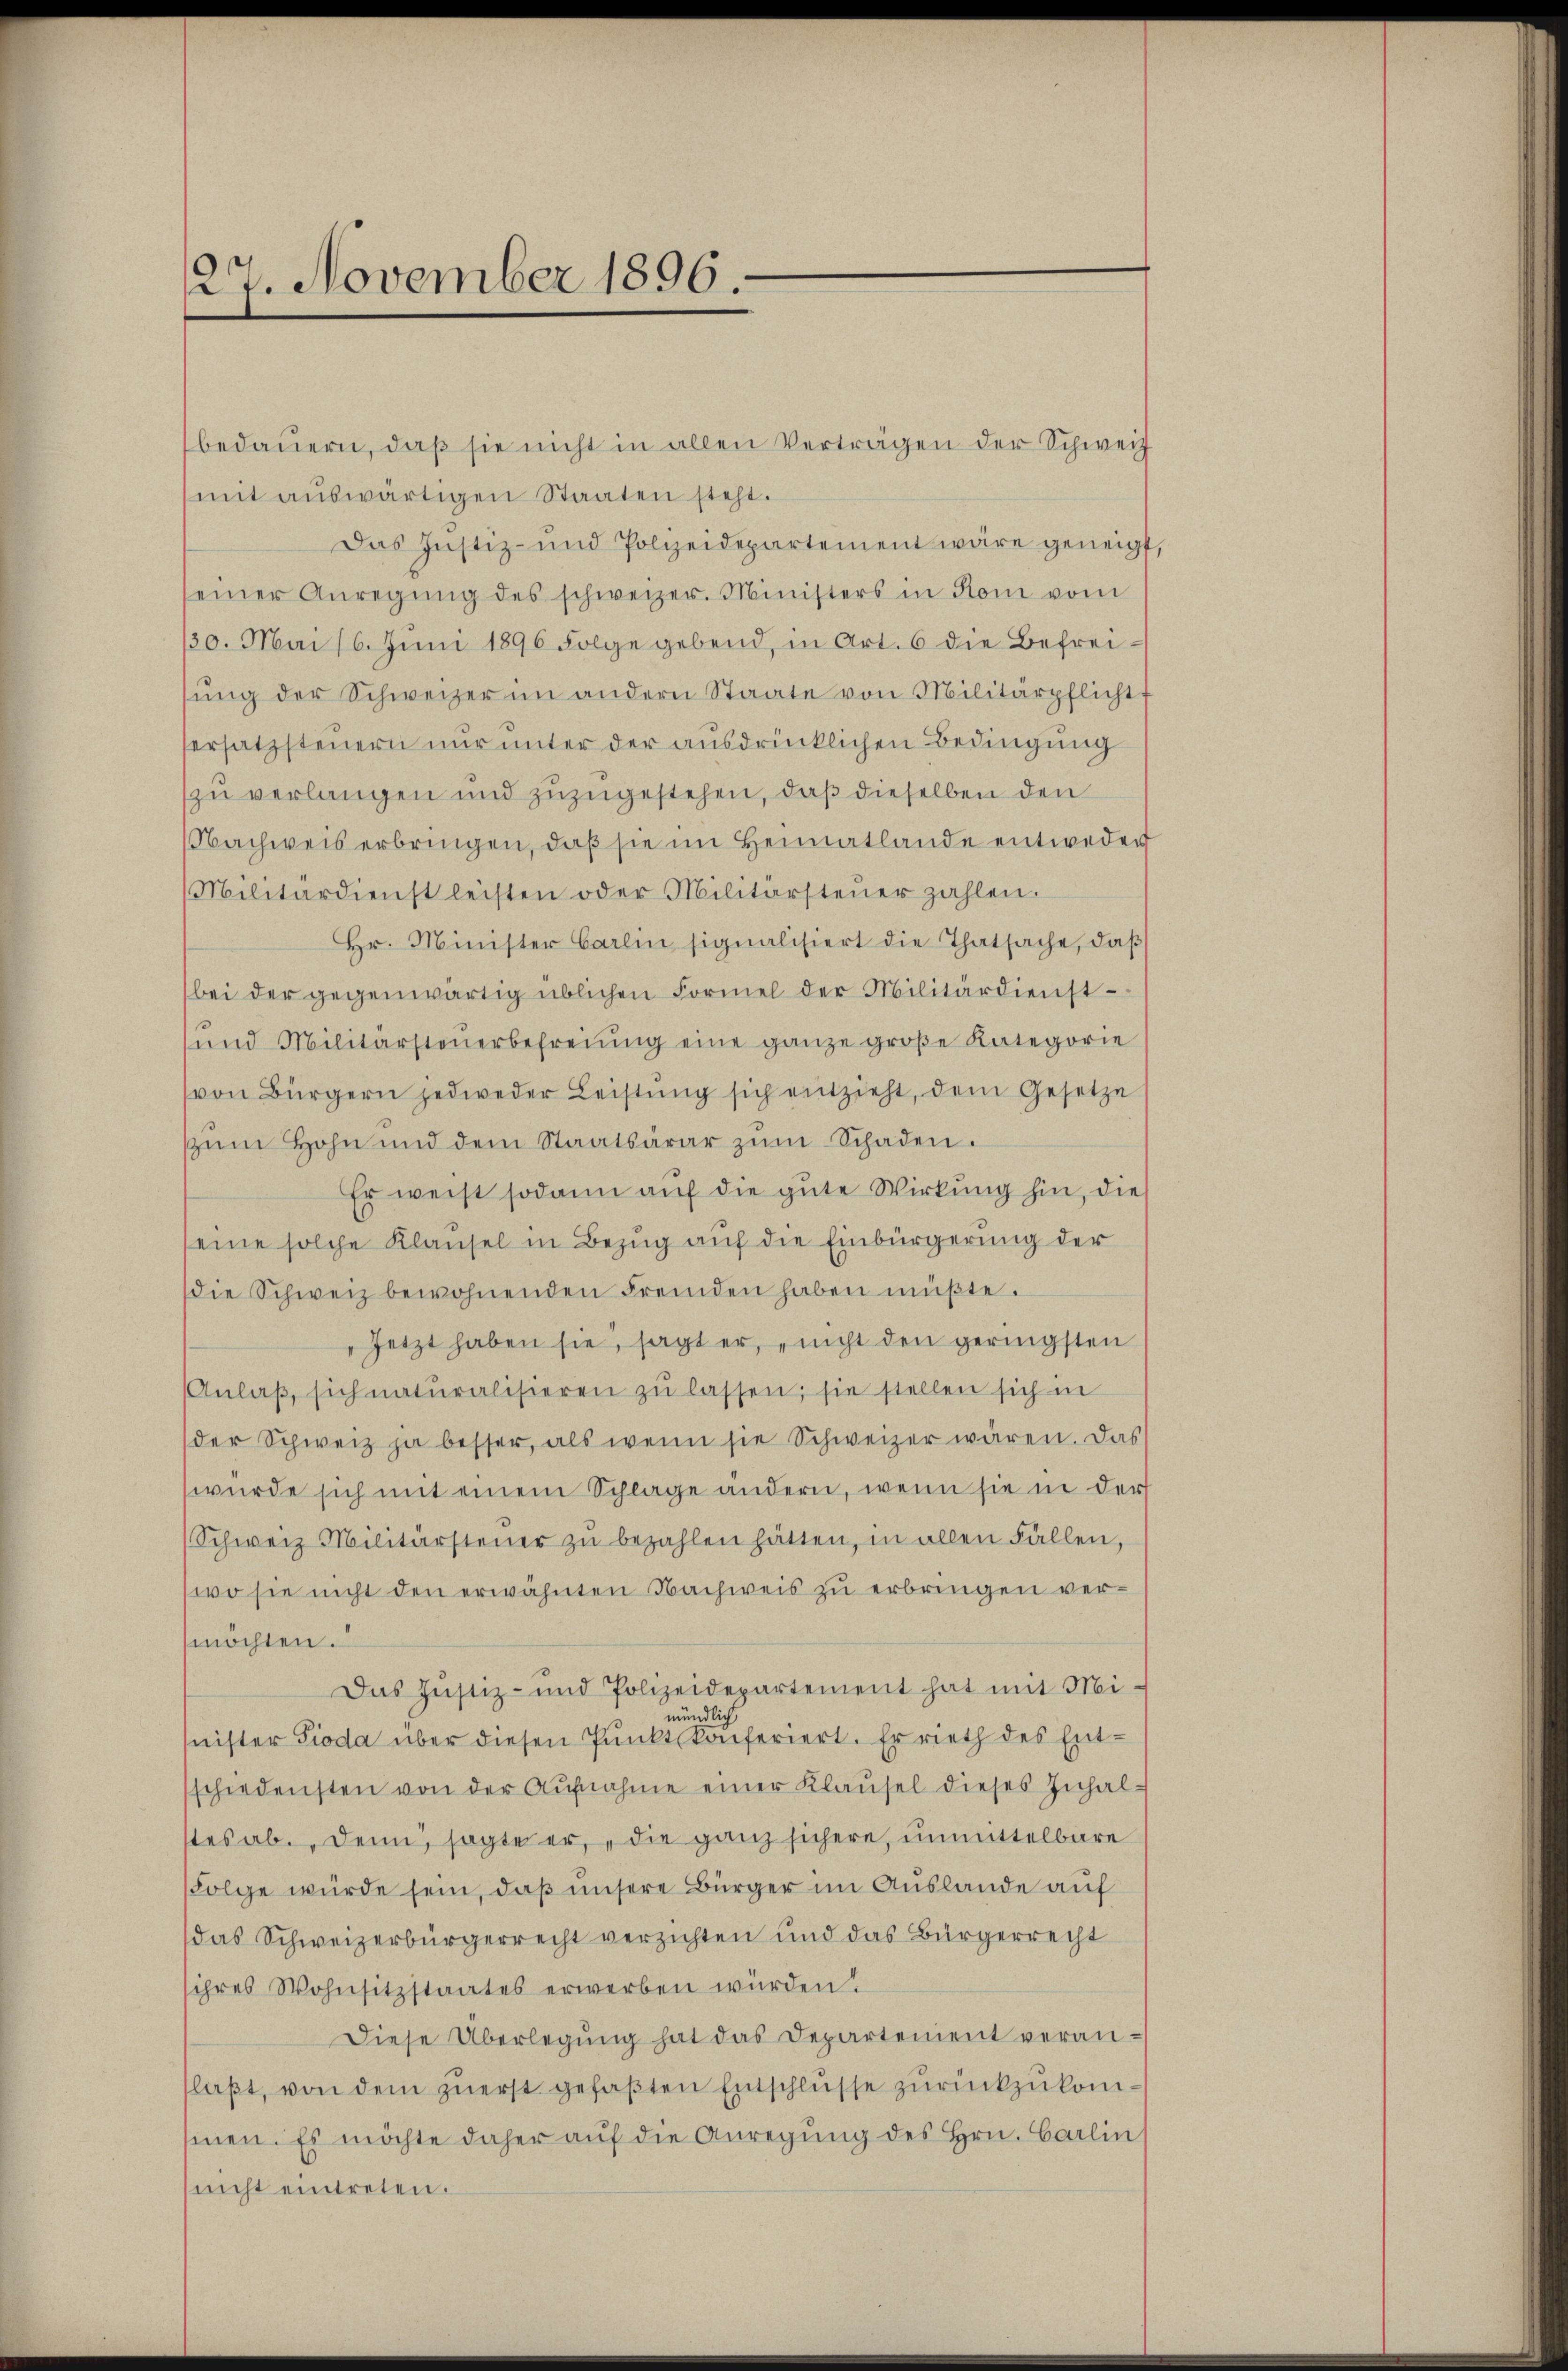
127. November 1896.

bedauern, daß sie nicht in allen Verträgen der Schweiz
mit auswärtigen Staaten steht.
Das Justiz- und Polizeidepartement wäre geneigt,
einer Anregŭng des schweizer. Ministers in Rom vom
130. Mai 16. Jŭni 1896 Folge gebend, in Art. 6 die Befrei-
sŭng der Schweizer im andern Staate von Militärpflicht
ersatzsteuern nur unter der ausdrücklichen Bedingung
zu verlangen und zuzugestehen, daß dieselben den
NNachweis erbringen, daß sie im Heimatlande entweder
Militärdienst leisten oder Militärsteŭer zahlen.
Hr. Minister Barlin signalisiert die Thatsache, daβ
bei der gegenwärtig üblichen Formel der Militärdienst-
und Militärsteŭerbefreiung eine ganze große Kategorie
von Bürgern jedweder Leistŭng sich entzieht, dem Gesetze
zŭm Hohn und dem Staatsarar zŭm Schaden.
Er weist sodann auf die gute Wirkung hin, die
seine solche Klausel in Bezug auf die Einbürgerung der
die Schweiz bewohnenden Fremden haben müβte.
„Jetzt haben sie, sagt er, nicht den geringsten
Anlaβ sich naturalisieren zŭ lassen; sie stellen sich in
der Schweiz ja besser, als wenn sie Schweizer wären. Das
wurde sich mit einem Schlage ändern, wenn sie in der
Schweiz Militärsteŭer zŭ bezahlen hätten, in allen Fällen,
wo sie nicht den erwähnten Nachweis zu erbringen vermöchten.“
Das Justiz- und Polizeidepartement hat mit Mi-
ndl
nister Pioda über diesen Punkt konferiert. Er rieth des Entschiedensten von der Aŭfnahme einer Klaŭsel dieses Inhal-
stes ab. Denn, sagte er, „die ganz sichere, unmittelbare
Folge würde sein, daß unsere Bürger im Auslande auf
das Schweizerbürgerrecht verzichten und das Bürgerrecht
ihres Wohnsitzstaates erwerben würden.
Diese Überlegŭng hat das Departement veranflaßt, von dem zuerst gefaβten Entschlusse zurückzukomsinen. Es möchte daher auf die Anregung des Hrn. Carlin
nicht eintreten.